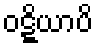
ဝဋ္ဋိယာပိ